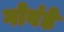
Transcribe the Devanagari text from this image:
गोवंडे